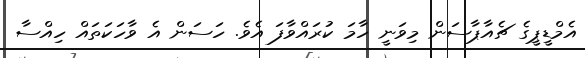
އެމްޑީޕީގެ ޗެއާޕާސަން މިވަނީ ހާމަ ކުރައްވާފަ އެވެ. ހަސަން އެ ވާހަކަތައް ހިއްސާ